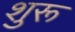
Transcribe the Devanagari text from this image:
शुरू